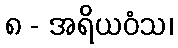
၈ - အရိယဝံသ၊